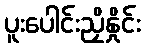
ပူးပေါင်းညှိနှိုင်း